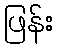
ဖြန်း